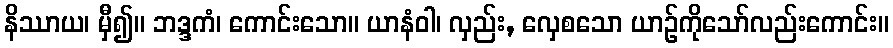
နိဿာယ၊ မှီ၍။ ဘဒ္ဒကံ၊ ကောင်းသော။ ယာနံဝါ၊ လှည်း, လှေစသော ယာဉ်ကိုသော်လည်းကောင်း။